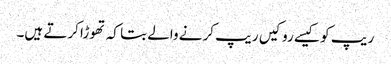
ریپ کو کیسے رو کیں ریپ کرنے والے بتا کہ تھوڑا کرتے ہیں۔